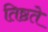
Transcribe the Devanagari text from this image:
तिष्ठते